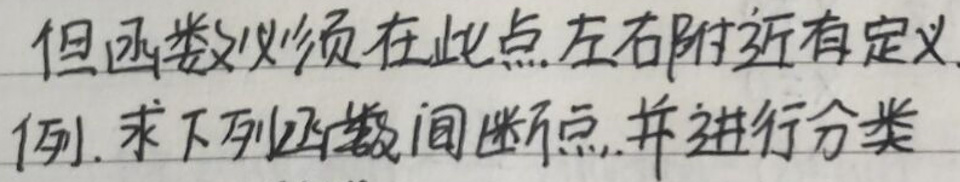
但函数必须在此点左右附近有定义。

例. 求下列函数间断点，并进行分类